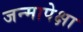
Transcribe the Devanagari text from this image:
जन्मापेक्षा